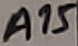
Text: A15